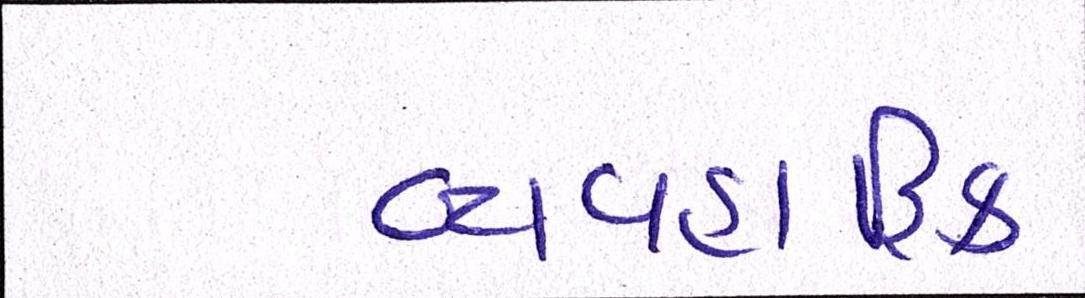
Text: વ્યવહારિક